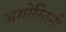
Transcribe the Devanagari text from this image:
अगोस्तिनी